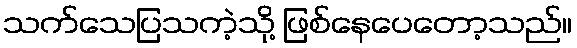
သက်သေပြသကဲ့သို့ ဖြစ်နေပေတော့သည်။